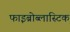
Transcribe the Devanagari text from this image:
फाइब्रोब्लास्टिक